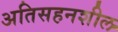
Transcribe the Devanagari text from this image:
अतिसहनशील